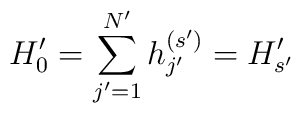
H_0' =   \sum _{j'=1}^{N'}h_{j'}^{(s')} =H'_{s'}